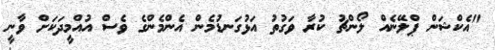
"އެކްޝަން ޕްލޭނެއް ލޯންޗު ކުރާ ވަގުތު އަޅުގަނޑުމެން އެންމެންގެ ވެސް އުއްމީދަކަށް ވާނީ